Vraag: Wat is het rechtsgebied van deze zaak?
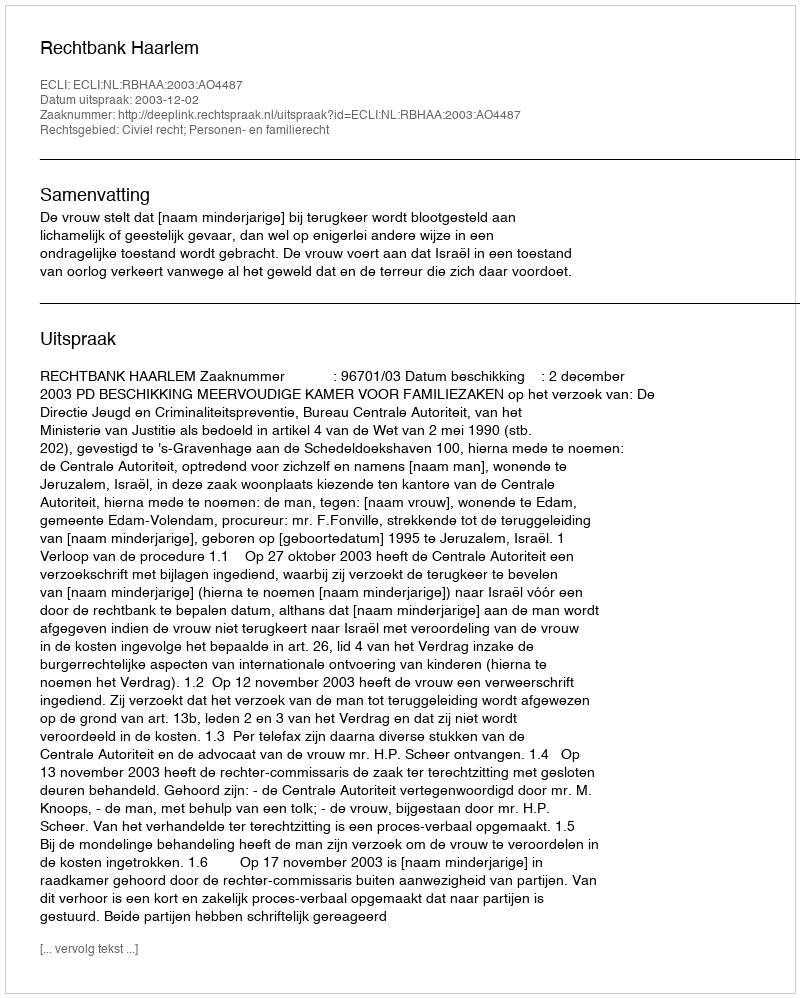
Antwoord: Civiel recht; Personen- en familierecht